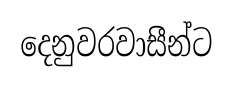
දෙනුවරවාසීන්ට